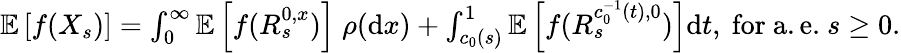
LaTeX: \begin{array}{r}{\mathbb{E}\left[f(X_{s})\right]=\int_{0}^{\infty}\mathbb{E}\left[f(R_{s}^{0,x})\right]\; \rho(\mathrm{d}x)+\int_{c_{0}(s)}^{1}\mathbb{E}\left[f(R_{s}^{c_{0}^{-1}(t),0})\right]\mathrm{d}t,~\mathrm{for~a.e.}~s\ge 0.}\end{array}